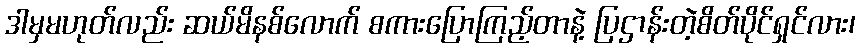
ဒါမှမဟုတ်လည်း ဆယ်မိနစ်လောက် စကားပြောကြည့်တာနဲ့ ပြဌာန်းတဲ့စိတ်ပိုင်ရှင်လား၊